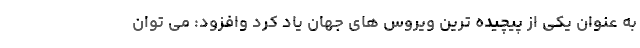
به عنوان یکی از پیچیده ترین ویروس های جهان یاد کرد وافزود: می توان